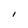
Character: I